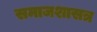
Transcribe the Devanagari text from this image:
समाजशासत्र